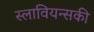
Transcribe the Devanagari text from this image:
स्लावियन्सकी